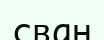
сван